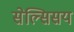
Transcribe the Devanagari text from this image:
सेल्सिसय